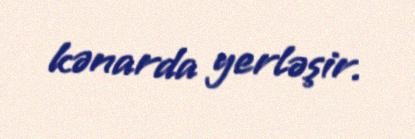
kənarda yerləşir.